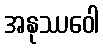
အနုဿဝေါ